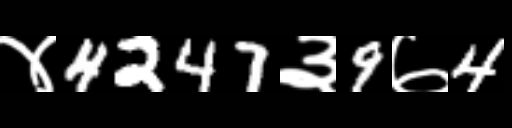
Text: ४4247३9७4